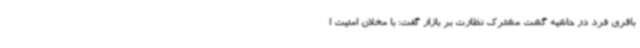
باقری فرد در حاشیه گشت مشترک نظارت بر بازار گفت: با مخلان امنیت ا